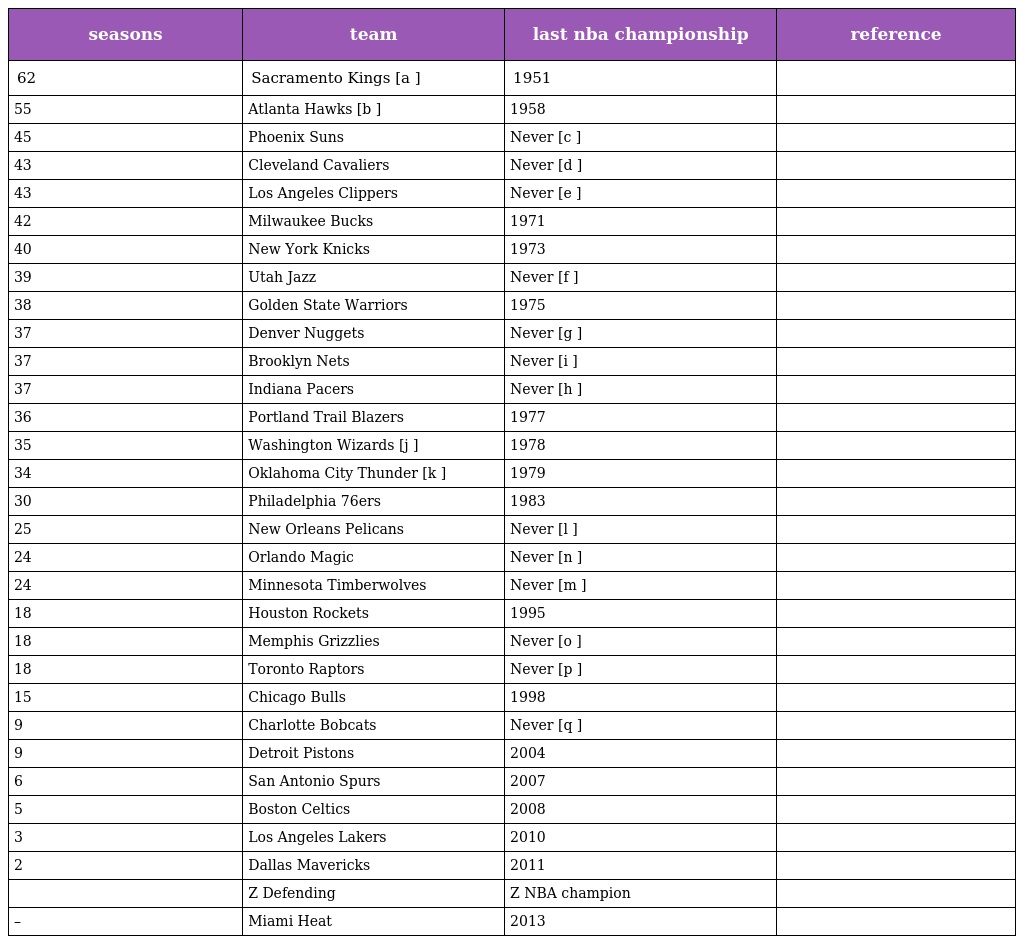
| seasons | team | last nba championship | reference |
 | --- | --- | --- | --- |
 | 62 | Sacramento Kings [a ] | 1951 |  |
 | 55 | Atlanta Hawks [b ] | 1958 |  |
 | 45 | Phoenix Suns | Never [c ] |  |
 | 43 | Cleveland Cavaliers | Never [d ] |  |
 | 43 | Los Angeles Clippers | Never [e ] |  |
 | 42 | Milwaukee Bucks | 1971 |  |
 | 40 | New York Knicks | 1973 |  |
 | 39 | Utah Jazz | Never [f ] |  |
 | 38 | Golden State Warriors | 1975 |  |
 | 37 | Denver Nuggets | Never [g ] |  |
 | 37 | Brooklyn Nets | Never [i ] |  |
 | 37 | Indiana Pacers | Never [h ] |  |
 | 36 | Portland Trail Blazers | 1977 |  |
 | 35 | Washington Wizards [j ] | 1978 |  |
 | 34 | Oklahoma City Thunder [k ] | 1979 |  |
 | 30 | Philadelphia 76ers | 1983 |  |
 | 25 | New Orleans Pelicans | Never [l ] |  |
 | 24 | Orlando Magic | Never [n ] |  |
 | 24 | Minnesota Timberwolves | Never [m ] |  |
 | 18 | Houston Rockets | 1995 |  |
 | 18 | Memphis Grizzlies | Never [o ] |  |
 | 18 | Toronto Raptors | Never [p ] |  |
 | 15 | Chicago Bulls | 1998 |  |
 | 9 | Charlotte Bobcats | Never [q ] |  |
 | 9 | Detroit Pistons | 2004 |  |
 | 6 | San Antonio Spurs | 2007 |  |
 | 5 | Boston Celtics | 2008 |  |
 | 3 | Los Angeles Lakers | 2010 |  |
 | 2 | Dallas Mavericks | 2011 |  |
 |  | Z Defending | Z NBA champion |  |
 | – | Miami Heat | 2013 |  |